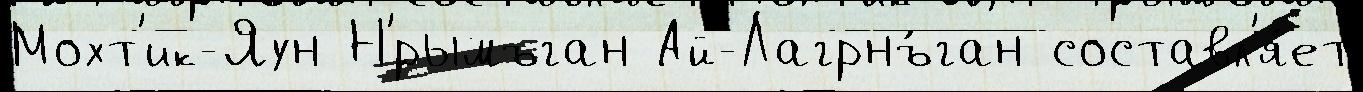
Мохт'ик-Яун Н'́рымъган Ай-Лагрнъ́ган составл'я́ет